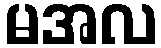
မအလ